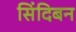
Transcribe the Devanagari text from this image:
सिंदिबन